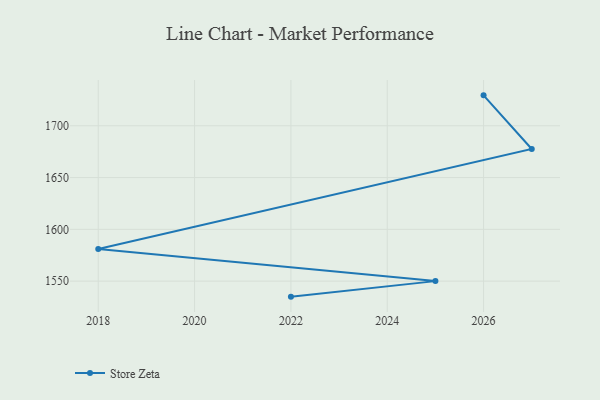
{"axis": {"x": "Year", "y": "Inventory Turnover"}, "legend": ["Store Zeta"], "data": [{"x": "2026", "y": 1729.4, "type": "Store Zeta"}, {"x": "2027", "y": 1677.6, "type": "Store Zeta"}, {"x": "2018", "y": 1581.0, "type": "Store Zeta"}, {"x": "2025", "y": 1550.0, "type": "Store Zeta"}, {"x": "2022", "y": 1535.0, "type": "Store Zeta"}]}